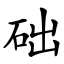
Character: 础